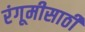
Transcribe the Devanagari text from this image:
रंगूमीसाठी